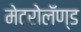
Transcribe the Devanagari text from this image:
मेट्रोलॅण्ड